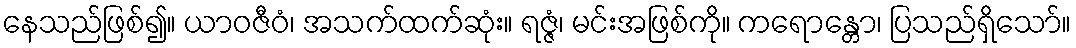
နေသည်ဖြစ်၍။ ယာဝဇီဝံ၊ အသက်ထက်ဆုံး။ ရဇ္ဇံ၊ မင်းအဖြစ်ကို။ ကရောန္တော၊ ပြသည်ရှိသော်။